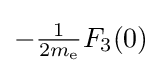
{\textstyle -{\frac {1}{2m_{\text{e}}}}F_{3}(0)}